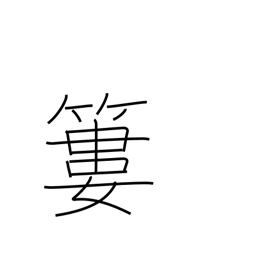
Meaning: bamboo basket